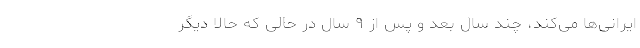
ایرانی‌ها می‌کند، چند سال بعد و پس از ۹ سال در حالی که حالا دیگر